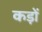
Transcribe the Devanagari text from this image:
कड़ों